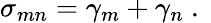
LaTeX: \sigma_{mn}=\gamma_{m}+\gamma_{n}\mathrm{~.~}